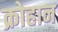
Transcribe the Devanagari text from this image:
क्रोहान